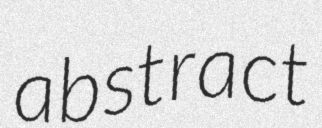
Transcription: abstract